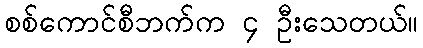
စစ်ကောင်စီဘက်က ၄ ဦးသေတယ်။